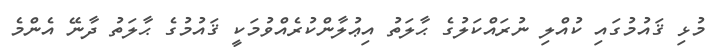
މުޅި ޤައުމުގައި ކުއްލި ނުރައްކަލުގެ ޙާލަތު އިޢުލާންކުރެއްވުމަކީ ޤައުމުގެ ޙާލަތު ދާނޭ އެންމެ